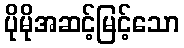
ပိုမိုအဆင့်မြင့်သော